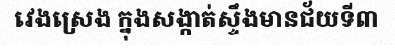
វេងស្រេង ក្នុងសង្កាត់ស្ទឹងមានជ័យទី៣